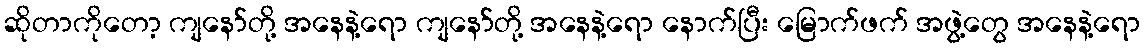
ဆိုတာကိုတော့ ကျနော်တို့ အနေနဲ့ရော ကျနော်တို့ အနေနဲ့ရော နောက်ပြီး မြောက်ဖက် အဖွဲ့တွေ အနေနဲ့ရော